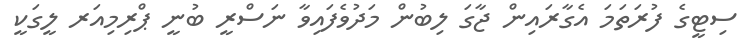
ސިޓީގެ ފުރަތަމަ އެގާރައިން ޖާގަ ލިބުން މަދުވެފައިވާ ނަސްރީ ބުނީ ޕްރިމިއަރ ލީގަކީ